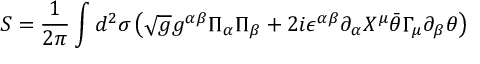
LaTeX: S = \frac { 1 } { 2 \pi } \int d ^ { 2 } \sigma \left( \sqrt { g } g ^ { \alpha \beta } \Pi _ { \alpha } \Pi _ { \beta } + 2 i \epsilon ^ { \alpha \beta } \partial _ { \alpha } X ^ { \mu } \bar { \theta } \Gamma _ { \mu } \partial _ { \beta } \theta \right)